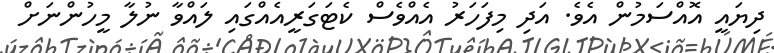
ދިޔައީ އޮއްސަމުން އެވެ. އަދި މިފަހަރު އެއްވެސް ކެޓަގަރީއެއްގައި ލައްވާ ނުލާ މީހުންނަށް